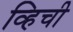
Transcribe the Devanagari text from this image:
व्हिची